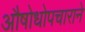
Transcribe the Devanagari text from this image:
औषोधोपचाराने